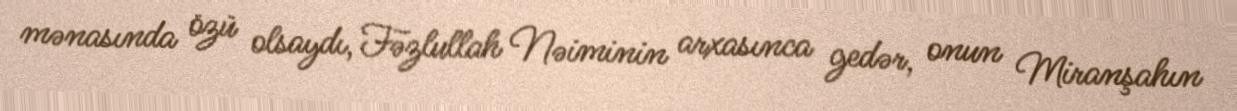
mənasında özü olsaydı, Fəzlullah Nəiminin arxasınca gedər, onun Miranşahın